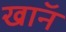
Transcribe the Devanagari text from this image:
खाॅन